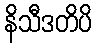
နိသီဒတိပိ